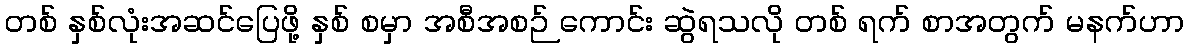
တစ် နှစ်လုံးအဆင်ပြေဖို့ နှစ် စမှာ အစီအစဉ် ကောင်း ဆွဲရသလို တစ် ရက် စာအတွက် မနက်ဟာ